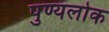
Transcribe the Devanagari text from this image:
पुण्यलोक